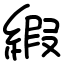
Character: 縀